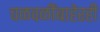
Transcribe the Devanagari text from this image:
चळवळींबाहेरही